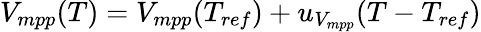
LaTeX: V_{mpp}(T)=V_{mpp}(T_{ref})+u_{V_{mpp}}(T-T_{ref})